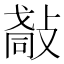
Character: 𢿀